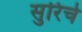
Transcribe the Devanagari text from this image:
सुरिचे